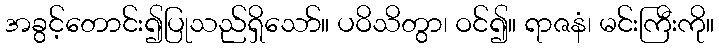
အခွင့်တောင်း၍ပြုသည်ရှိသော်။ ပဝိသိတွာ၊ ဝင်၍။ ရာဇနံ၊ မင်းကြီးကို။